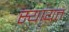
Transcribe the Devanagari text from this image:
स्यायत्त